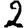
Digit: 2